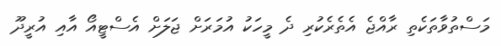
މަސްތުވާތަކެތި ރާއްޖެ އެތެރެކުރި ދެ މީހަކު އުމަރަށް ޖަލަށް އެސްޓީއޯ އާއި އުރީދޫ